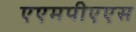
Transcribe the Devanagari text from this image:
एएमपीएएस